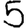
Digit: 5